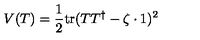
V ( T ) = \frac 1 2 \mathrm { t r } ( T T ^ { \dagger } - \zeta \cdot 1 ) ^ { 2 }